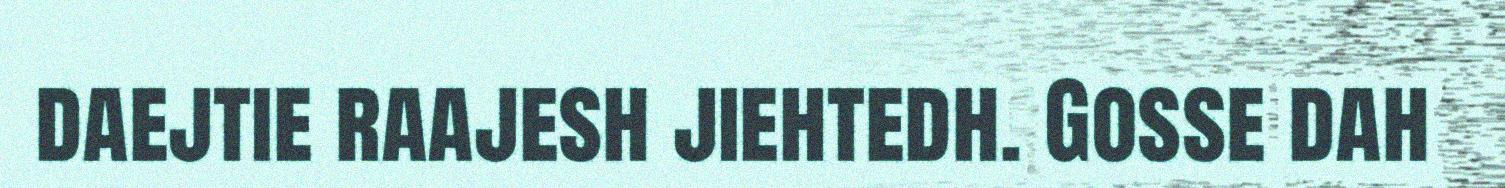
daejtie raajesh jiehtedh. Gosse dah